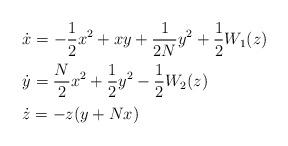
LaTeX: \begin{align*}\begin{array}{l}{\displaystyle\dot{x} = - \frac{1}{2} x^2 + x y + \frac{1}{2N} y^2+ \frac{1}{2} W_1(z) } \vspace{2mm}\\{\displaystyle\dot{y} = \frac{N}{2} x^2 + \frac{1}{2} y^2- \frac{1}{2} W_2(z) }\vspace{2mm}\\\dot{z} = - z (y + N x)\end{array}\end{align*}